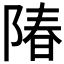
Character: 𬯌